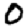
Digit: 0